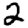
Digit: 2